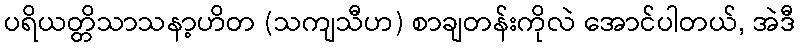
ပရိယတ္တိသာသနာ့ဟိတ (သကျသီဟ) စာချတန်းကိုလဲ အောင်ပါတယ်, အဲဒီ